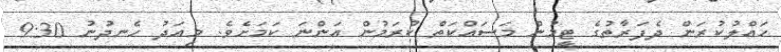
ހައްލުކުރަން ދެފަރާތުގެ ޓީމުން މަސައްކަތް ކުރަމުން އަންނަ ކަމަށެވެ. މިއަދު ހެނދުނު 9:30